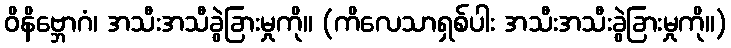
ဝိနိဗ္ဘောဂံ၊ အသီးအသီခွဲခြားမှုကို။ (ကိလေသာရှစ်ပါး အသီးအသီးခွဲခြားမှုကို။)